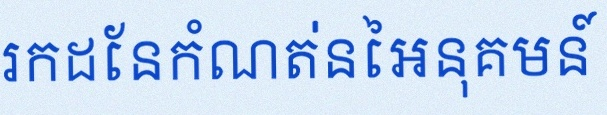
រកដែនកំណត់នៃអនុគមន៍